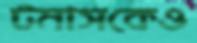
টমাসকেও